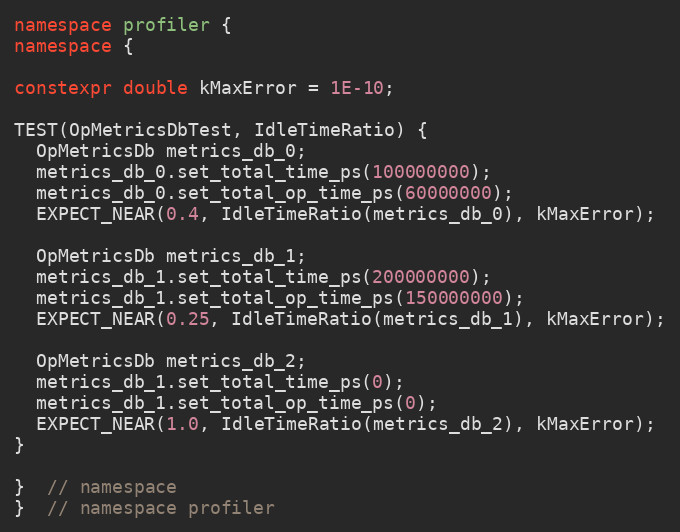
Language: C++
namespace profiler {
namespace {

constexpr double kMaxError = 1E-10;

TEST(OpMetricsDbTest, IdleTimeRatio) {
  OpMetricsDb metrics_db_0;
  metrics_db_0.set_total_time_ps(100000000);
  metrics_db_0.set_total_op_time_ps(60000000);
  EXPECT_NEAR(0.4, IdleTimeRatio(metrics_db_0), kMaxError);

  OpMetricsDb metrics_db_1;
  metrics_db_1.set_total_time_ps(200000000);
  metrics_db_1.set_total_op_time_ps(150000000);
  EXPECT_NEAR(0.25, IdleTimeRatio(metrics_db_1), kMaxError);

  OpMetricsDb metrics_db_2;
  metrics_db_1.set_total_time_ps(0);
  metrics_db_1.set_total_op_time_ps(0);
  EXPECT_NEAR(1.0, IdleTimeRatio(metrics_db_2), kMaxError);
}

}  // namespace
}  // namespace profiler